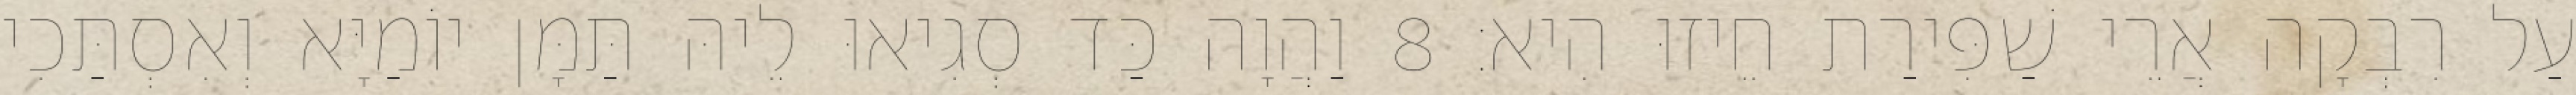
עַל רִבְקָה אֲרֵי שַׁפִּירַת חֵיזוּ הִיא׃ 8 וַהֲוָה כַּד סְגִיאוּ לֵיהּ תַּמָּן יוֹמַיָּא וְאִסְתַּכִי